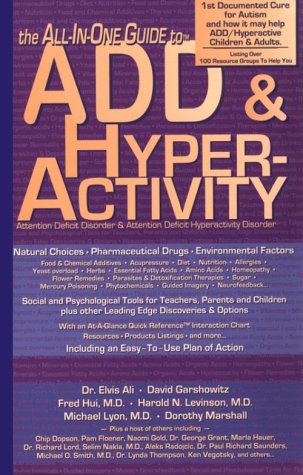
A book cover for The All-in-One Guide to ADD & Hyperactivity (Attention Deficit Disorder); Elvis Ali; Parenting & Relationships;